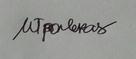
Signature authenticity: genuine